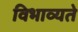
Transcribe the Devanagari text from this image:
विभाव्यते